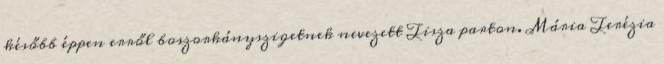
később éppen erről boszorkányszigetnek nevezett Tisza parton. Mária Terézia